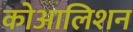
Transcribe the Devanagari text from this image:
कोआलिशन